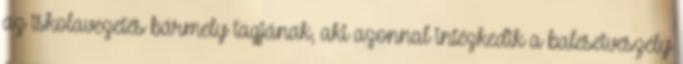
az iskolavezetés bármely tagjának, aki azonnal intézkedik a balesetveszély